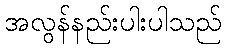
အလွန်နည်းပါးပါသည်